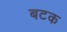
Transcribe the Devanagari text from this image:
बटक